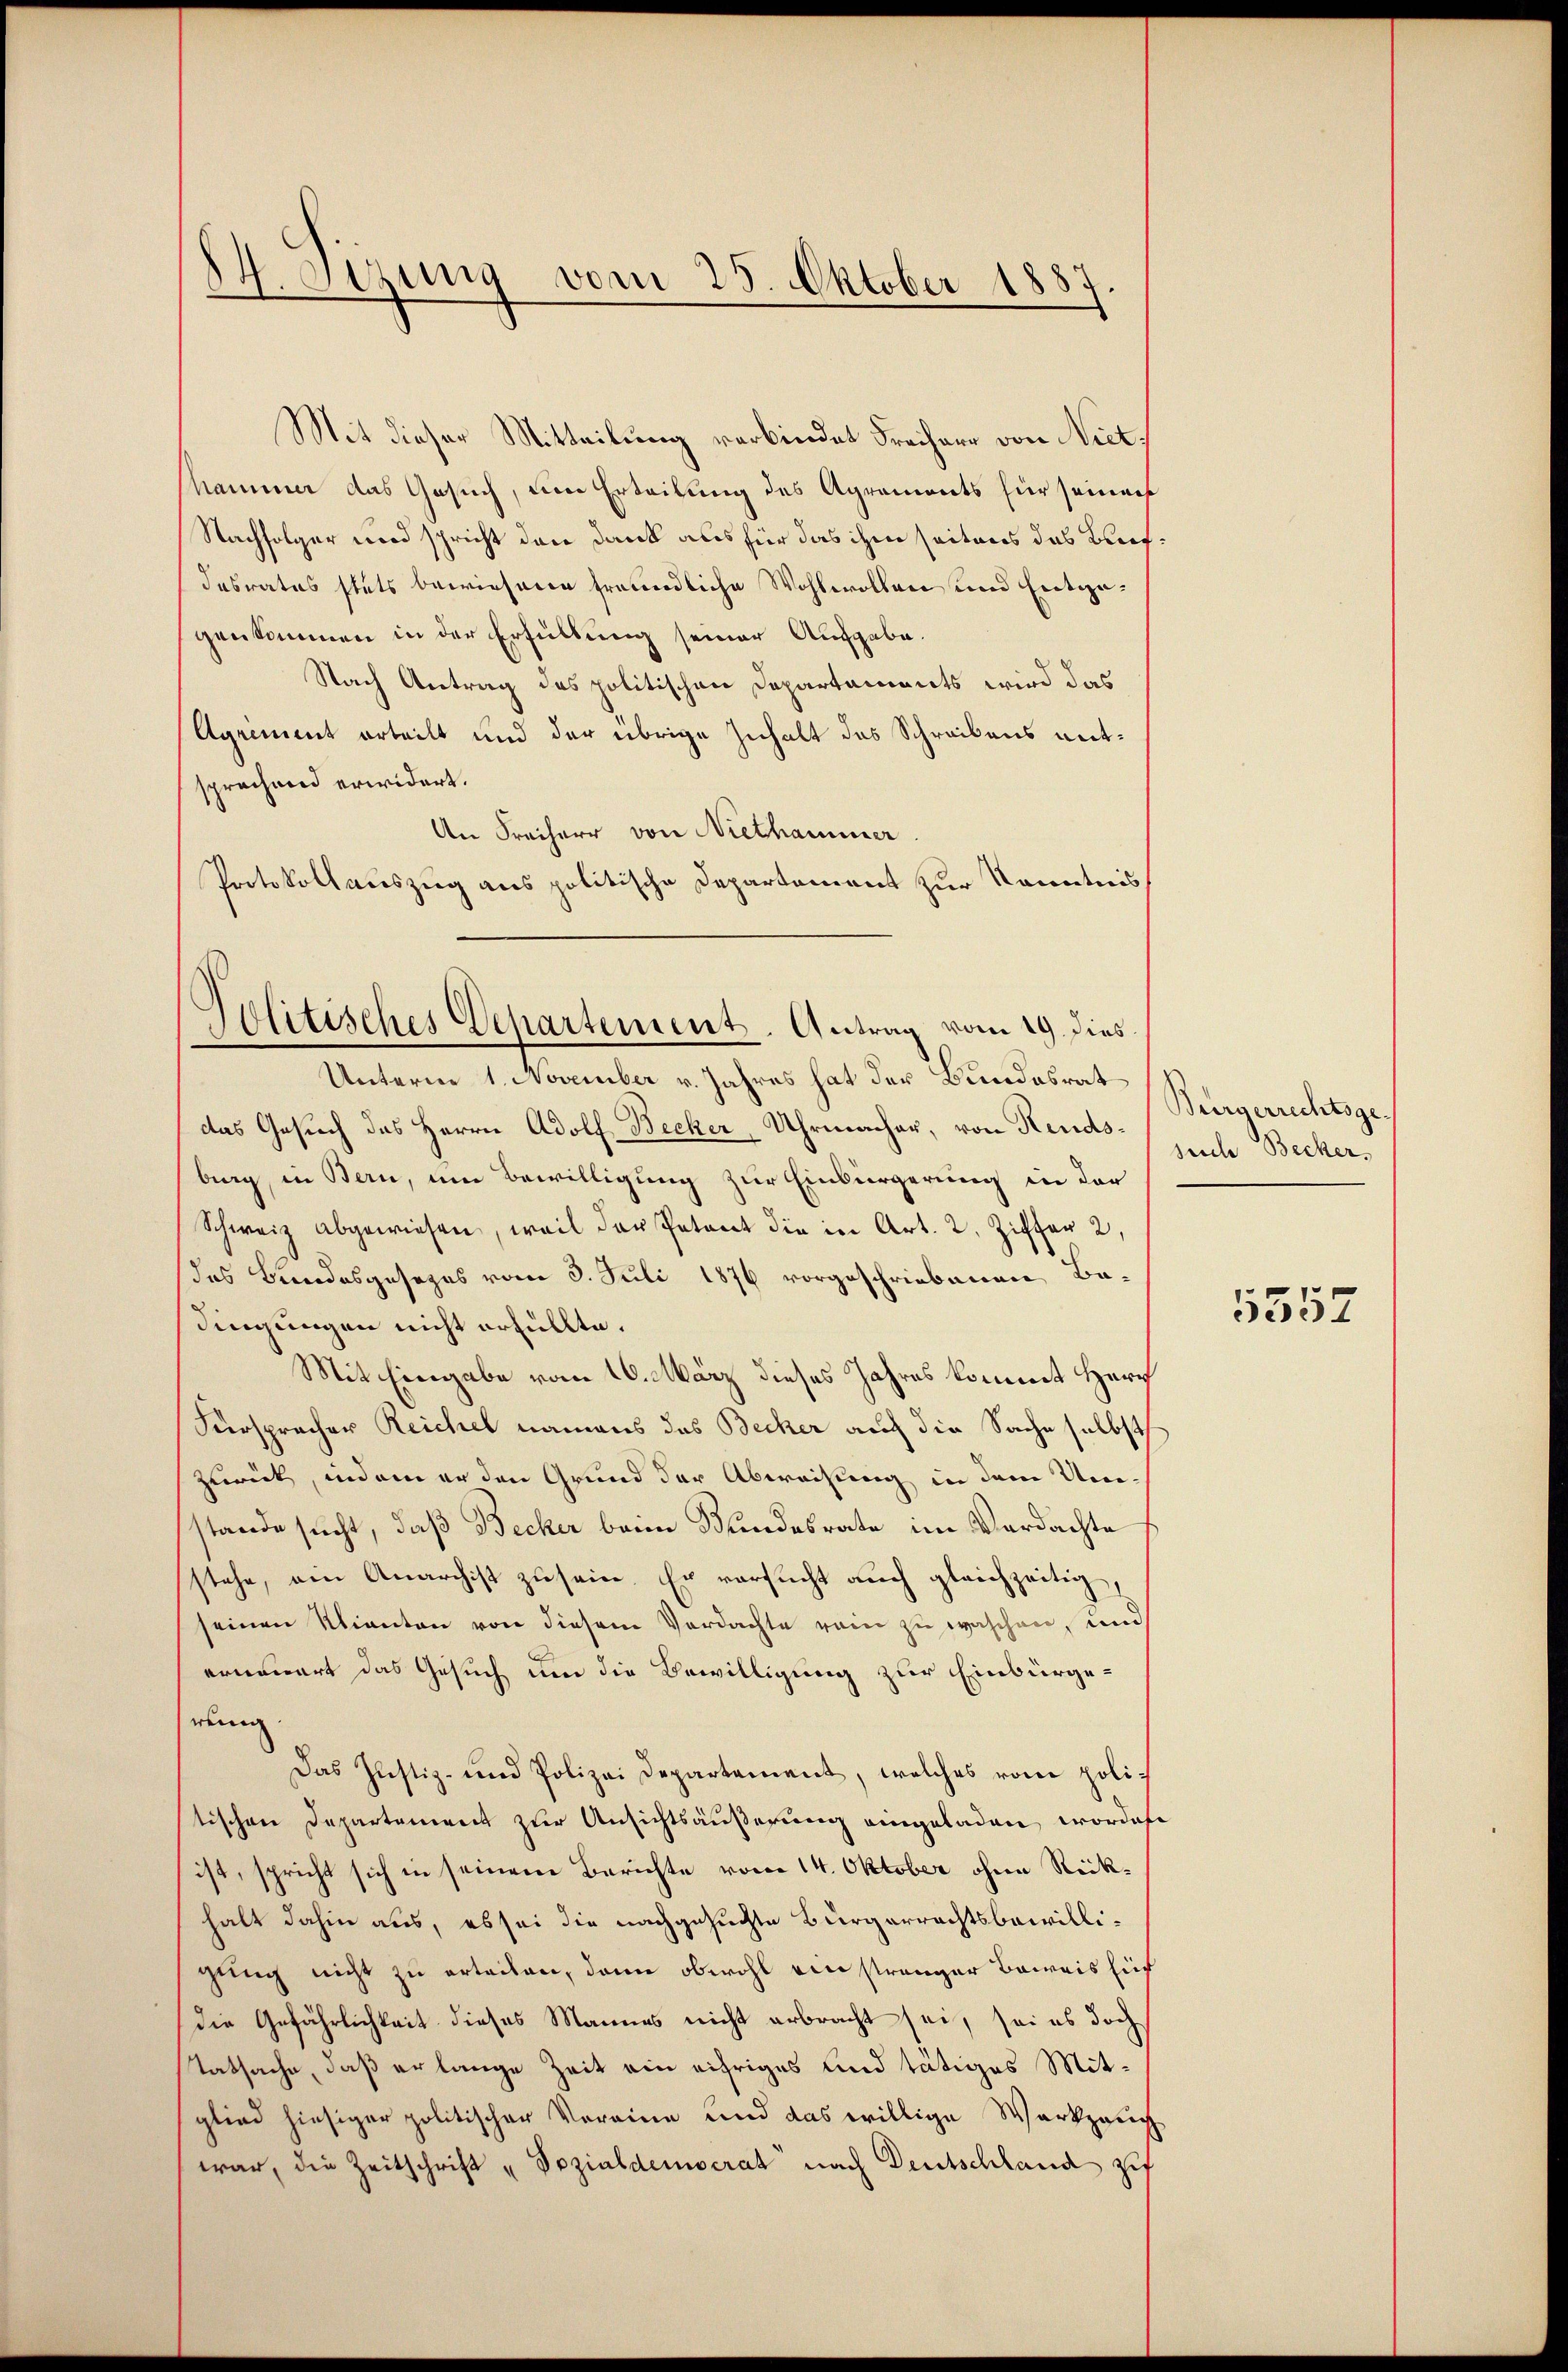
84. Sizung vom 25. Oktober 1887

Mit dieser Mitteilung verbindet Freiherr von Niet.
hammer das Gesuch, um Erteilung des Agraments für seinen
Nachfolger wird spricht den Dank aus für das ihm seitens des Bufdesrates stets bewiesene freundliche Wohlwollen und Entgegenkommen in der Erfüllung seiner Ausgabe.
Nach Antrag des politischen Departaments wird das
Agrement erteilt und der übrige Inhalt des Schreibens antsprechend erwidert.
An Freiherr von Niethammer.
Protokollauszug aus politische Departement zur Kenntnis
Unterne 1. November v. Jahres hat der Bundesrat
das Gesuch des Herrn Adolf Becker, Uhrmacher, von Hendsbag, in Bern, um Bewilligung zur Einbürgerung in der
Schweiz abgewiesen, weil der Petent die in Art. 2. Ziffer 2,
das Bundesgesezes vom 3. Juli 1876 vorgeschriebenen Badingungen nicht erfüllte.
Mit Eingabe vom 16. März dieses Jahres kommt Herr
Fürspracher Reichel namens das Becker auch die Sache selbst
zurück, indem er den Grund der Abweisung in dem Umstande sucht, daß Becker beim Bundesrate im Verdachte
stehe, ein Anarchist zu sein. Er versucht auch gleichzeitig,
seinen Klienten von diesem Verdachte rein zu waschen, und
ernennert das Gesuch um die Bewilligung zur Einbürgerung
Das Justiz- und Polizei Departement, welches vom polistischen Departement zur Ansichtsäußerung eingeladen, worden
ist, spricht sich in seinem Berichte vom 14. Oktober ohne Rückhalt dahin aus, es sei die nachgesuchte Bürgerrechtsbewilligung nicht zu erteilen, dann obwohl ein strenger Beweis Eif
die Gefährlichkeit dieses Mannes nicht erbracht sei, sei es doch
sTatsache, daß er lange Zeit ein eifriges und tätiges Mitglied hiesiger politischer Vereine und das willige Werkzeug
war, die Zeitschrift „Sozialdemocrat nach Deutschland zu

Politisches Departement. Antrag vom 19. dies

Bürgerrechtsge
seuche Becker,

5552